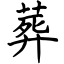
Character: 葬